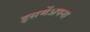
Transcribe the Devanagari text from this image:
इसमेंअपना